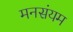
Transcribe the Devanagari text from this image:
मनसंयम